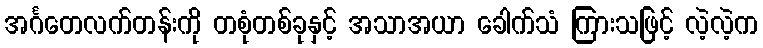
အင်္ဂတေလက်တန်းကို တစုံတစ်ခုနှင့် အသာအယာ ခေါက်သံ ကြားသဖြင့် လဲ့လဲ့က